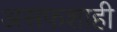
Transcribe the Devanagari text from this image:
असफशाही